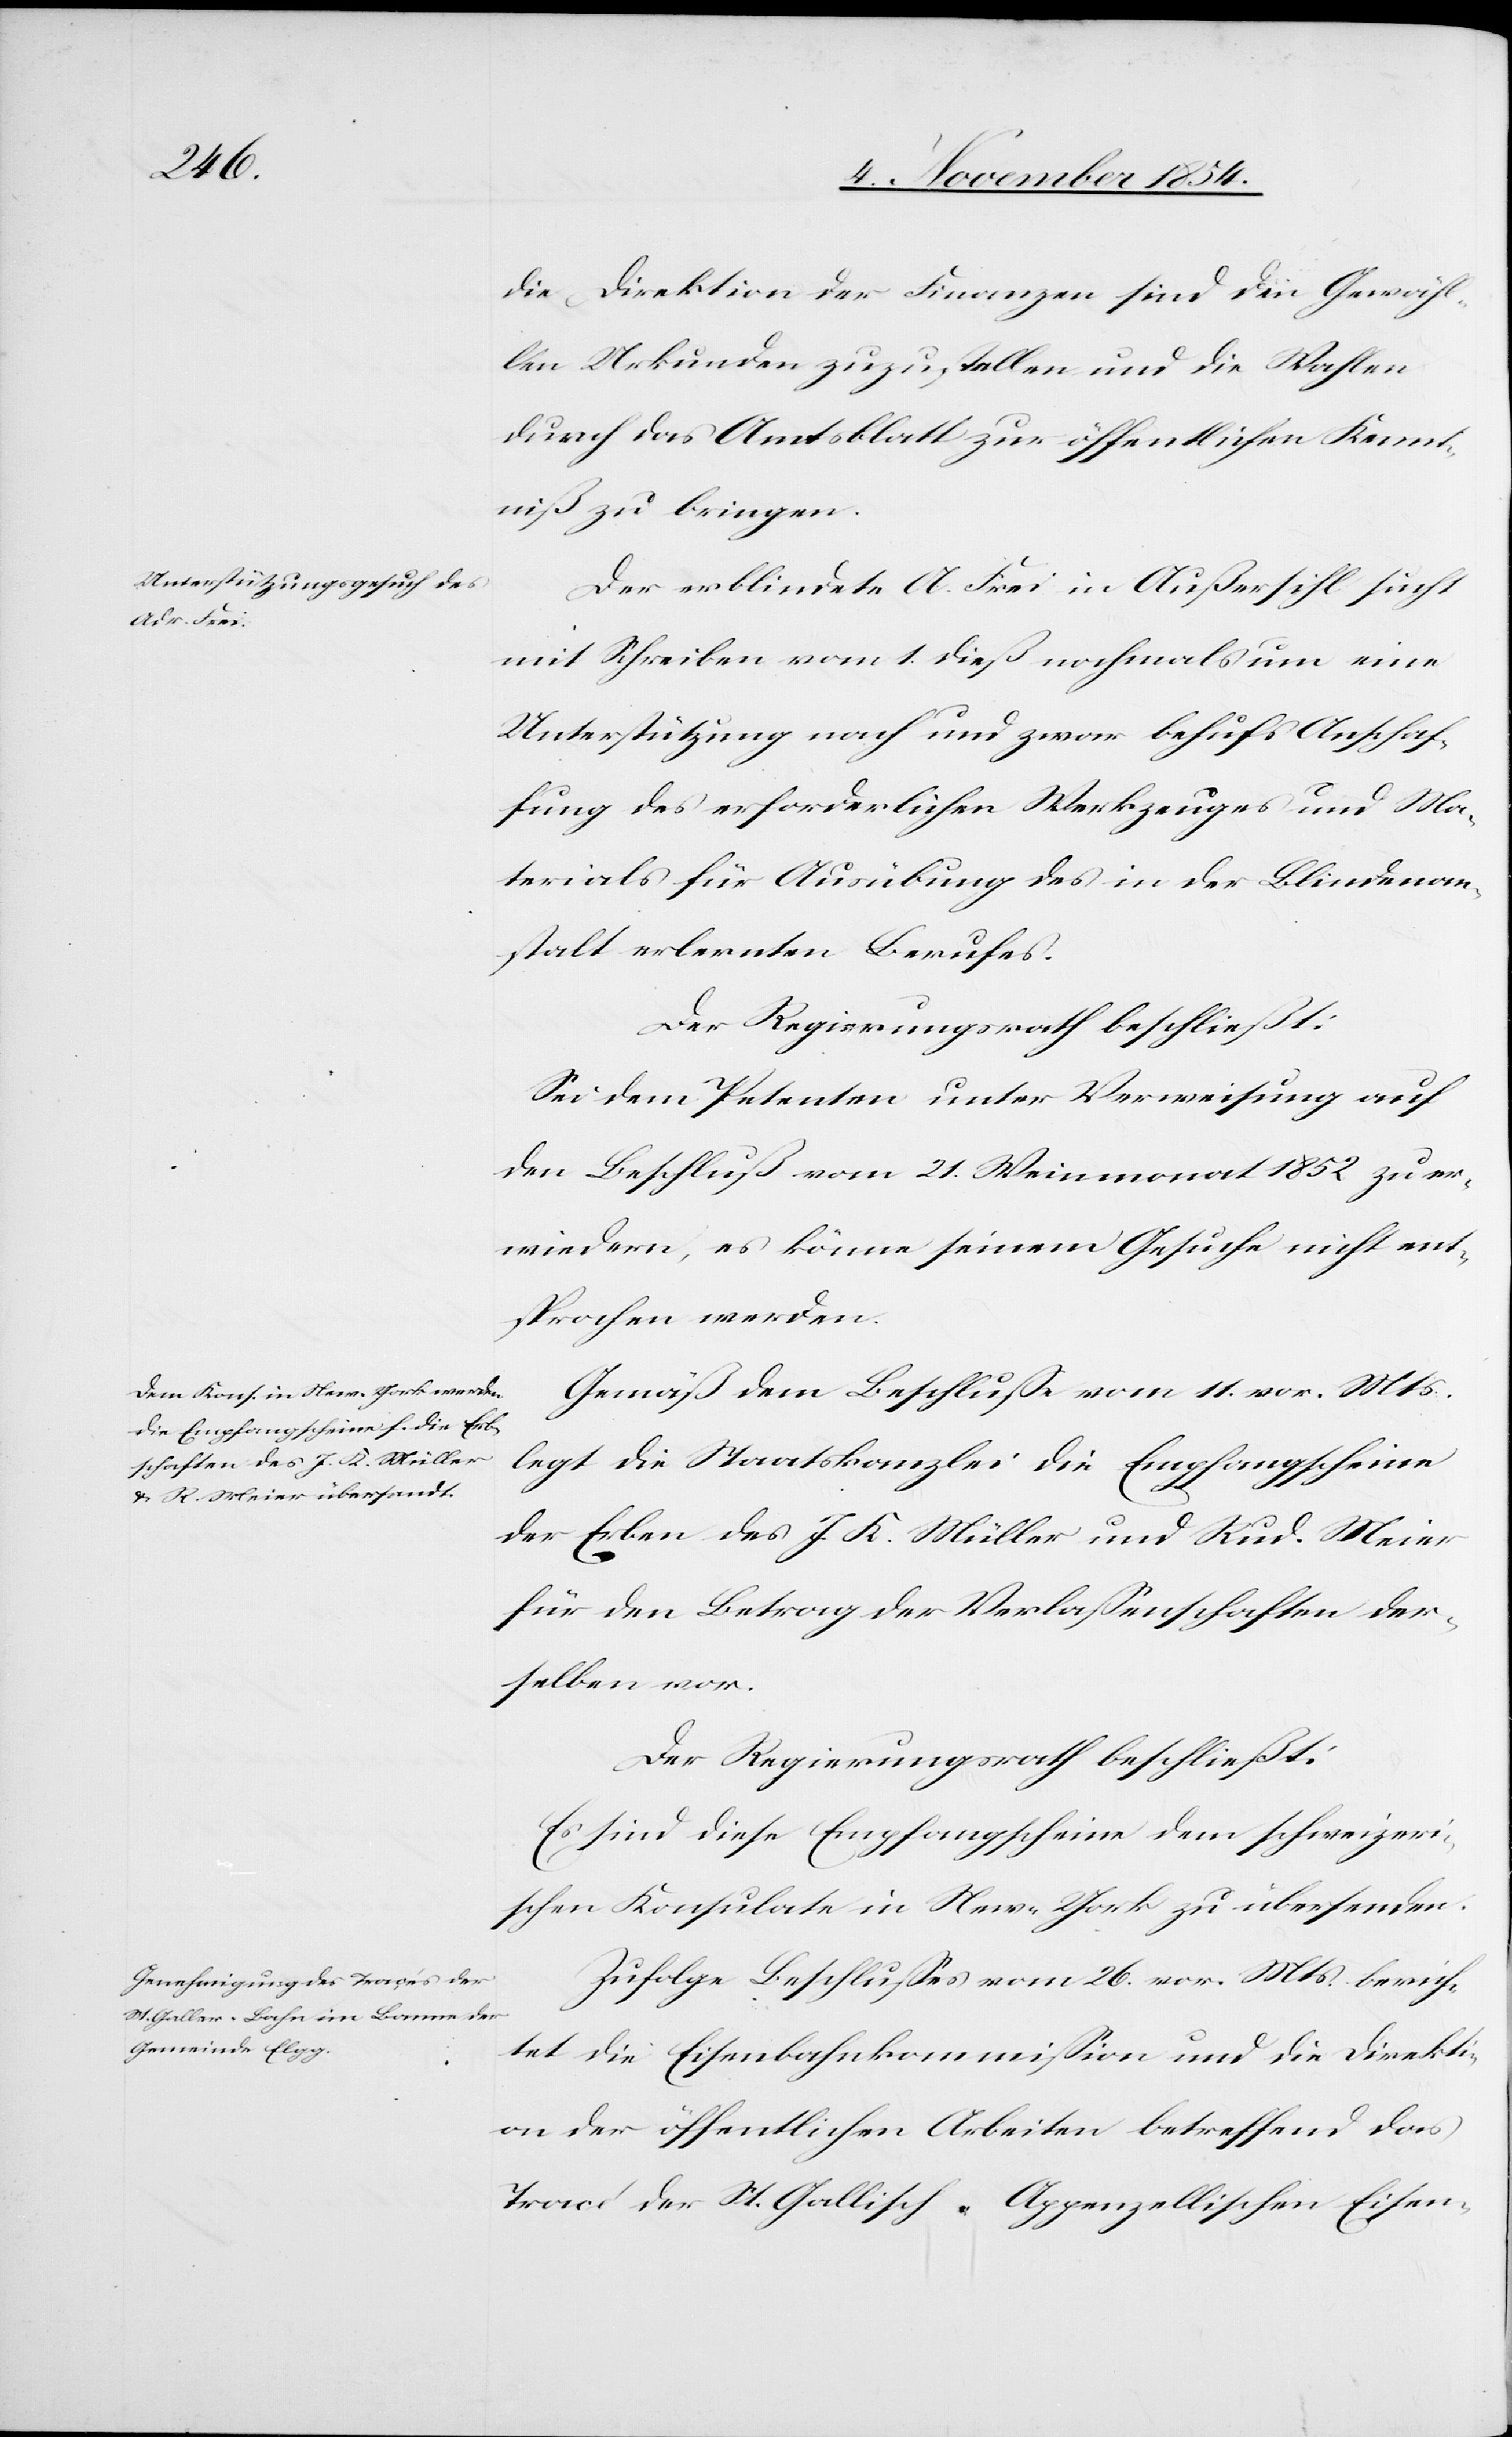
die Direktion der Finanzen sind den Gewähl¬
ten Urkunden zuzustellen und die Wahlen
durch das Amtsblatt zur öffentlichen Kennt¬
niß zu bringen.
Der erblindete A. Frei in Außersihl sucht
mit Schreiben vom 1. dieß nochmals um eine
Unterstützung nach und zwar behufs Anschaf¬
fung des erforderlichen Werkzeuges und Ma¬
terials für Ausübung des in der Blindenan¬
stalt erlernten Berufes.
Der Regierungsrath beschließt:
Sei dem Petenten unter Verweisung auf
den Beschluß vom 21. Weinmonat 1852 zu er¬
wiedern, es könne seinem Gesuche nicht ent¬
sprochen werden.
Gemäß dem Beschluße vom 11. vor. Mts.
legt die Staatskanzlei die Empfangscheine
der Erben des J. K. Müller und Rud. Meier
für den Betrag der Verlaßenschaften der¬
selben vor.
Der Regierungsrath beschließt:
Es sind diese Empfangscheine dem schweizeri¬
schen Konsulate in New-York zu übersenden.
Zufolge Beschlußes vom 26. vor. Mts. berich¬
tet die Eisenbahnkommißion und die Direkti¬
on der öffentlichen Arbeiten betreffend das
Tracé der St. Gallisch-Appenzellischen Eisen-